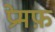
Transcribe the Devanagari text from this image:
प्रेमफ़